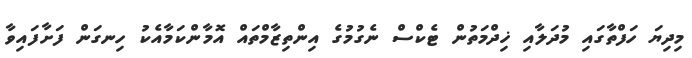
މިދިޔަ ހަފްތާގައި މުދަލާއި ޚިދްމަތުން ޓެކްސް ނެގުމުގެ އިންތިޒާމްތައް އޮމާންކަމާއެކު ހިނގަން ފަށާފައިވާ